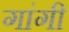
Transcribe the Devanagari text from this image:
गांगी